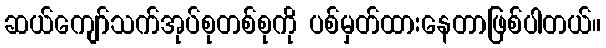
ဆယ်ကျော်သက်အုပ်စုတစ်စုကို ပစ်မှတ်ထားနေတာဖြစ်ပါတယ်။